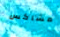
مشاكس